Indian journal of veterinary science and animal husbandry - Volume 13,
Year: 1943
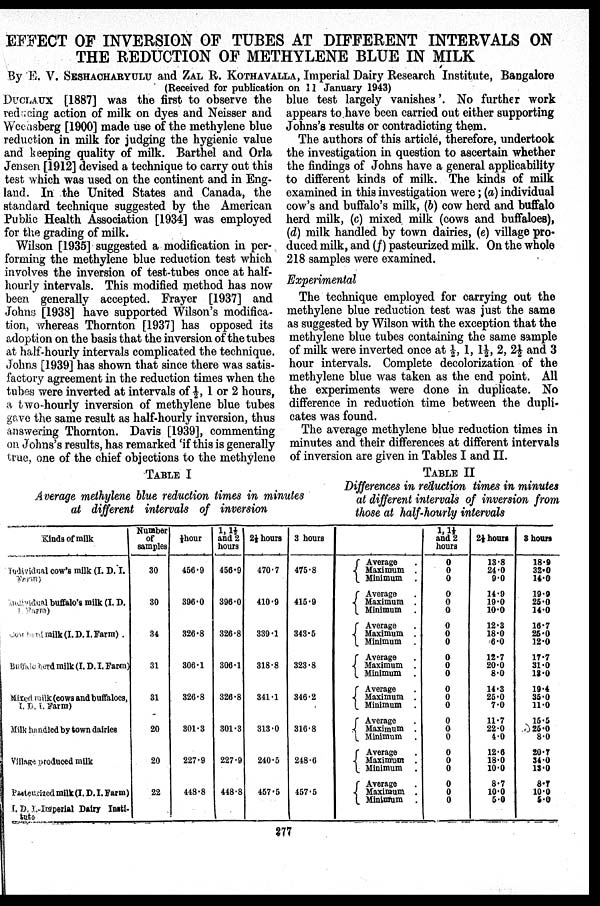
EFFECT OF INVERSION OF TUBES AT DIFFERENT INTERVALS ON
THE REDUCTION OF METHYLENE BLUE IN MILK
By E. V. SESHACHARYULU and ZAL R. KOTHAVALLA, Imperial Dairy Research Institute, Bangalore
(Received for publication on 11 January 1943)
DUCLAUX [1887] was the first to observe the
reducing action of milk on dyes and Neisser and
Wechsberg [1900] made use of the methylene blue
reduction in milk for judging the hygienic value
and keeping quality of milk. Barthel and Orla
Jensen [1912] devised a technique to carry out this
test which was used on the continent and in Eng-
land. In the United States and Canada, the
standard technique suggested by the American
Public Health Association [1934] was employed
for the grading of milk.
Wilson [1935] suggested a modification in per-
forming the methylene blue reduction test which
involves the inversion of test-tubes once at half-
hourly intervals. This modified method has now
been generally accepted. Frayer [1937] and
Johns [1938] have supported Wilson's modifica-
tion, whereas Thornton [1937] has opposed its
adoption on the basis that the inversion of the tubes
at half-hourly intervals complicated the technique.
Johns [1939] has shown that since there was satis-
factory agreement in the reduction times when the
tubes were inverted at intervals of ½, 1 or 2 hours,
a two-hourly inversion of methylene blue tubes
gave the same result as half-hourly inversion, thus
answering Thornton. Davis [1939], commenting
on Johns's results, has remarked 'if this is generally
true, one of the chief objections to the methylene
blue test largely vanishes'. No further work
appears to have been carried out either supporting
Johns's results or contradicting them.
The authors of this article, therefore, undertook
the investigation in question to ascertain whether
the findings of Johns have a general applicability
to different kinds of milk. The kinds of milk
examined in this investigation were; (a) individual
cow's and buffalo's milk, (b) cow herd and buffalo
herd milk, (c) mixed milk (cows and buffaloes),
(d) milk handled by town dairies, (e) village pro-
duced milk, and (f) pasteurized milk. On the whole
218 samples were examined.
Experimental
The technique employed for carrying out the
methylene blue reduction test was just the same
as suggested by Wilson with the exception that the
methylene blue tubes containing the same sample
of milk were inverted once at ½, 1, 1½, 2, 2½ and 3
hour intervals. Complete decolorization of the
methylene blue was taken as the end point. All
the experiments were done in duplicate. No
difference in reduction time between the dupli-
cates was found.
The average methylene blue reduction times in
minutes and their differences at different intervals
of inversion are given in Tables I and II.
TABLE I
Average methylene blue reduction times in minutes
at different intervals of inversion
TABLE II
Differences in reduction times in minutes
at different intervals of inversion from
those at half-hourly intervals
Kinds of milk
Individual cow's milk (I. D.I.
Farm)
Individual buffalo's milk (I. D.
I. Farm)
Cow curd milk (I. D. I. Farm) .
Buffalo curd milk (I. D. I. Farm)
Mixed milk (cows and buffaloes,
I. D. I. Farm)
Milk handled by town dairies
Village produced milk
Pasterisized milk (I. D. I. Farm)
I. D. I. Imperial Dairy Insti-
tute
Number
of
samples
30
30
34
31
31
20
20
22
½ hour
456.9
396.0
326.8
306.1
326.8
301.3
227.9
448.8
1, 1½
and 2
hours
456.9
396.0
326.8
306.1
326.8
301.3
227.9
448.8
2½ hours
470.7
410.9
339.1
318.8
341.1
313.0
240.5
457.5
3 hours
475.8
415.9
343.5
323.8
346.2
316.8
248.6
457.5
Average .
Maximum .
Minimum .
Average .
Maximum .
Minimum .
Average .
Maximum .
Minimum .
Average .
Maximum .
Minimum .
Average .
Maximum .
Minimum .
Average .
Maximum .
Minimum .
Average .
Maximum .
Minimum .
Average .
Maximum .
Minimum .
1, 1½
and 2
hours 0
0
0
0
0
0
0
0
0
0
0
0
0
0
0
0
0
0
0
0
0
0
0
0
2½ hours
13.8
24.0
9.0
14.9
19.0
10.0
12.3
18.0
6.0
12.7
20.0
8.0
14.3
25.0
7.0
11.7
22.0
4.0
12.6
18.0
10.0
8.7
10.0
5.0
3 hours
18.9
32.0
14.0
19.9
25.0
14.0
16.7
25.0
12.0
17.7
31.0
18.0
19.4
35.0
11.0
15.5
25.0
8.0
20.7
34.0
13.0
8.7
10.0
5.0
277